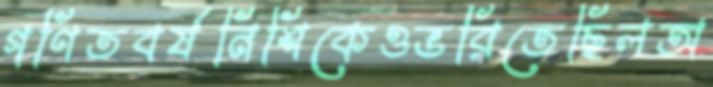
গণিতবর্ষনিশিকেওভরিতেছিলঅ